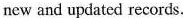
new and updated records.